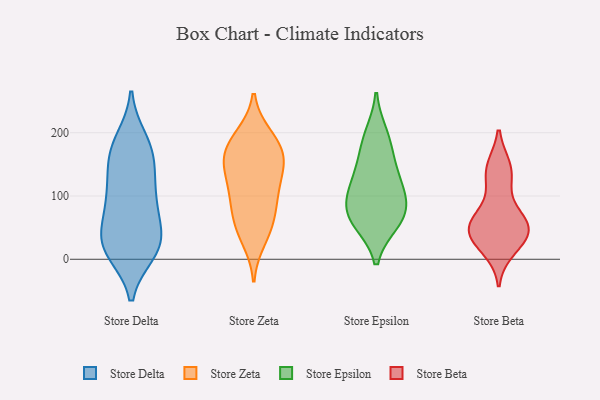
{"axis": {"x": "Production Output", "y": "Value"}, "legend": ["Store Beta", "Store Delta", "Store Epsilon", "Store Zeta"], "data": [{"x": "", "y": 40, "type": "Store Delta"}, {"x": "", "y": 82, "type": "Store Delta"}, {"x": "", "y": 27, "type": "Store Delta"}, {"x": "", "y": 21, "type": "Store Delta"}, {"x": "", "y": 150, "type": "Store Delta"}, {"x": "", "y": 132, "type": "Store Delta"}, {"x": "", "y": 189, "type": "Store Delta"}, {"x": "", "y": 60, "type": "Store Delta"}, {"x": "", "y": 168, "type": "Store Delta"}, {"x": "", "y": 13, "type": "Store Delta"}, {"x": "", "y": 184, "type": "Store Delta"}, {"x": "", "y": 165, "type": "Store Delta"}, {"x": "", "y": 34, "type": "Store Delta"}, {"x": "", "y": 13, "type": "Store Delta"}, {"x": "", "y": 90, "type": "Store Delta"}, {"x": "", "y": 111, "type": "Store Delta"}, {"x": "", "y": 11, "type": "Store Delta"}, {"x": "", "y": 98, "type": "Store Delta"}, {"x": "", "y": 62, "type": "Store Zeta"}, {"x": "", "y": 144, "type": "Store Zeta"}, {"x": "", "y": 46, "type": "Store Zeta"}, {"x": "", "y": 31, "type": "Store Zeta"}, {"x": "", "y": 155, "type": "Store Zeta"}, {"x": "", "y": 169, "type": "Store Zeta"}, {"x": "", "y": 160, "type": "Store Zeta"}, {"x": "", "y": 175, "type": "Store Zeta"}, {"x": "", "y": 193, "type": "Store Zeta"}, {"x": "", "y": 69, "type": "Store Zeta"}, {"x": "", "y": 102, "type": "Store Zeta"}, {"x": "", "y": 109, "type": "Store Zeta"}, {"x": "", "y": 138, "type": "Store Zeta"}, {"x": "", "y": 99, "type": "Store Zeta"}, {"x": "", "y": 195, "type": "Store Zeta"}, {"x": "", "y": 67, "type": "Store Epsilon"}, {"x": "", "y": 109, "type": "Store Epsilon"}, {"x": "", "y": 142, "type": "Store Epsilon"}, {"x": "", "y": 90, "type": "Store Epsilon"}, {"x": "", "y": 180, "type": "Store Epsilon"}, {"x": "", "y": 58, "type": "Store Epsilon"}, {"x": "", "y": 197, "type": "Store Epsilon"}, {"x": "", "y": 59, "type": "Store Epsilon"}, {"x": "", "y": 89, "type": "Store Epsilon"}, {"x": "", "y": 131, "type": "Store Epsilon"}, {"x": "", "y": 142, "type": "Store Beta"}, {"x": "", "y": 60, "type": "Store Beta"}, {"x": "", "y": 17, "type": "Store Beta"}, {"x": "", "y": 46, "type": "Store Beta"}, {"x": "", "y": 60, "type": "Store Beta"}, {"x": "", "y": 144, "type": "Store Beta"}, {"x": "", "y": 67, "type": "Store Beta"}, {"x": "", "y": 39, "type": "Store Beta"}, {"x": "", "y": 33, "type": "Store Beta"}, {"x": "", "y": 42, "type": "Store Beta"}, {"x": "", "y": 127, "type": "Store Beta"}]}